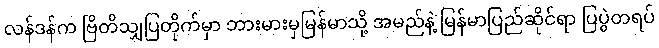
လန်ဒန်က ဗြိတိသျှပြတိုက်မှာ ဘားမားမှမြန်မာသို့ အမည်နဲ့ မြန်မာပြည်ဆိုင်ရာ ပြပွဲတရပ်